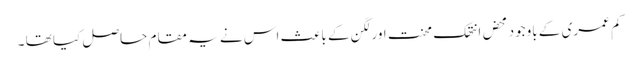
کم عمری کے باوجود محض انتھک محنت اورلگن کے باعث اس نے یہ مقام حاصل کیا تھا ۔